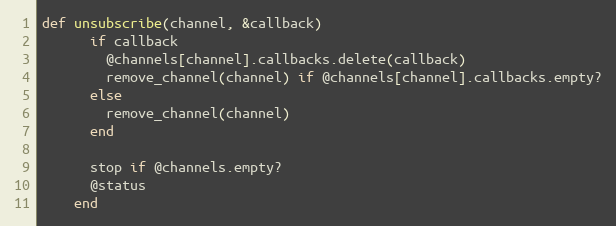
Language: Ruby
def unsubscribe(channel, &callback)
      if callback
        @channels[channel].callbacks.delete(callback)
        remove_channel(channel) if @channels[channel].callbacks.empty?
      else
        remove_channel(channel)
      end

      stop if @channels.empty?
      @status
    end